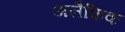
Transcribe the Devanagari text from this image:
अलैकिक